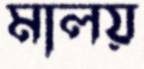
মালয়